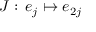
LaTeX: J : \, e _ { j } \mapsto e _ { 2 j }